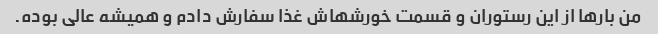
من بارها از این رستوران و قسمت خورشهاش غذا سفارش دادم و همیشه عالی بوده.